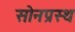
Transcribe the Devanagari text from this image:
सोनप्रस्थ